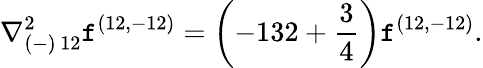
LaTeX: {\nabla_{(-)\, 12}^{2}\mathtt{f}^{(12,-12)}=\left(-132+{\frac{{3}}{{4}}}\right)\mathtt{f}^{(12,-12)}.}